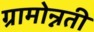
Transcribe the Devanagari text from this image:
ग्रामोन्नती